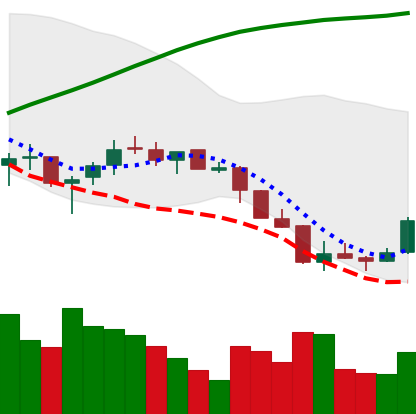
Ticker: LTC-USD
Chart end date: 2018-04-03
Forward return: -12.493%
Label: down_7plus